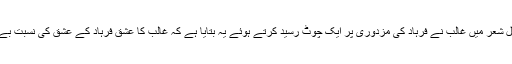
مندرجہ ذیل شعر میں غالب نے فرہاد کی مزدوری پر ایک چوٹ رسید کرتے ہوئے یہ بتایا ہے کہ غالب کا عشق فرہاد کے عشق کی نسبت بے لوث ہے۔